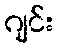
ဂျင်း